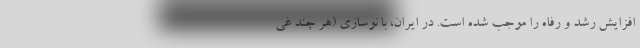
افزایش رشد و رفاه را موجب شده است. در ایران، با نوسازی (هر چند غی